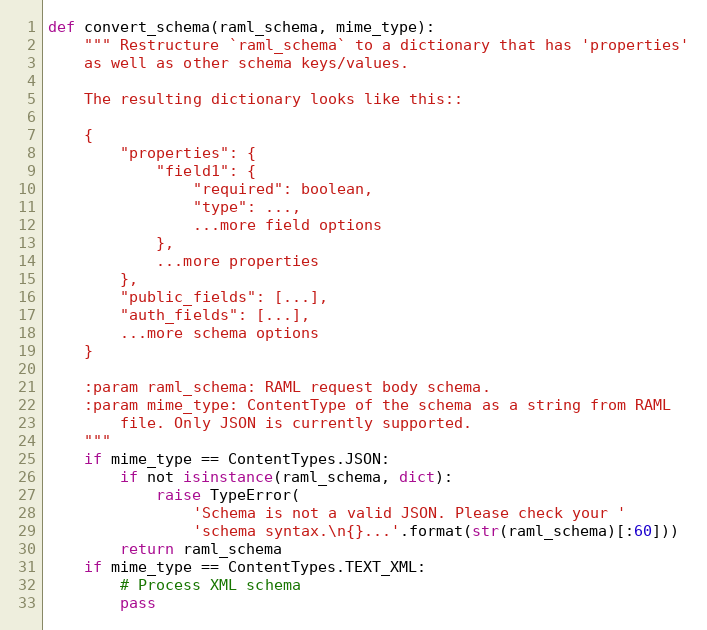
Language: Python
def convert_schema(raml_schema, mime_type):
    """ Restructure `raml_schema` to a dictionary that has 'properties'
    as well as other schema keys/values.

    The resulting dictionary looks like this::

    {
        "properties": {
            "field1": {
                "required": boolean,
                "type": ...,
                ...more field options
            },
            ...more properties
        },
        "public_fields": [...],
        "auth_fields": [...],
        ...more schema options
    }

    :param raml_schema: RAML request body schema.
    :param mime_type: ContentType of the schema as a string from RAML
        file. Only JSON is currently supported.
    """
    if mime_type == ContentTypes.JSON:
        if not isinstance(raml_schema, dict):
            raise TypeError(
                'Schema is not a valid JSON. Please check your '
                'schema syntax.\n{}...'.format(str(raml_schema)[:60]))
        return raml_schema
    if mime_type == ContentTypes.TEXT_XML:
        # Process XML schema
        pass